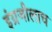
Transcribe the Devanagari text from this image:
इंग्रजीलाच